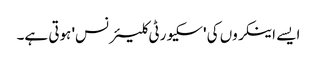
ایسے اینکروں کی 'سکیورٹی کلیئرنس' ہوتی ہے۔